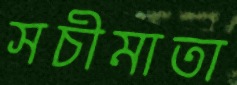
সচীমাতা